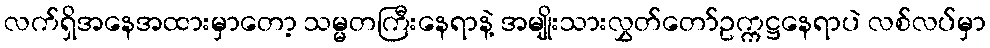
လက်ရှိအနေအထားမှာတော့ သမ္မတကြီးနေရာနဲ့ အမျိုးသားလွှတ်တော်ဥက္ကဋ္ဌနေရာပဲ လစ်လပ်မှာ